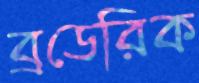
ব্রডেরিক